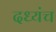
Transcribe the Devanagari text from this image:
दध्यंच